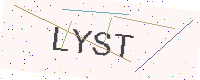
Text: LYST